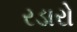
રડારો